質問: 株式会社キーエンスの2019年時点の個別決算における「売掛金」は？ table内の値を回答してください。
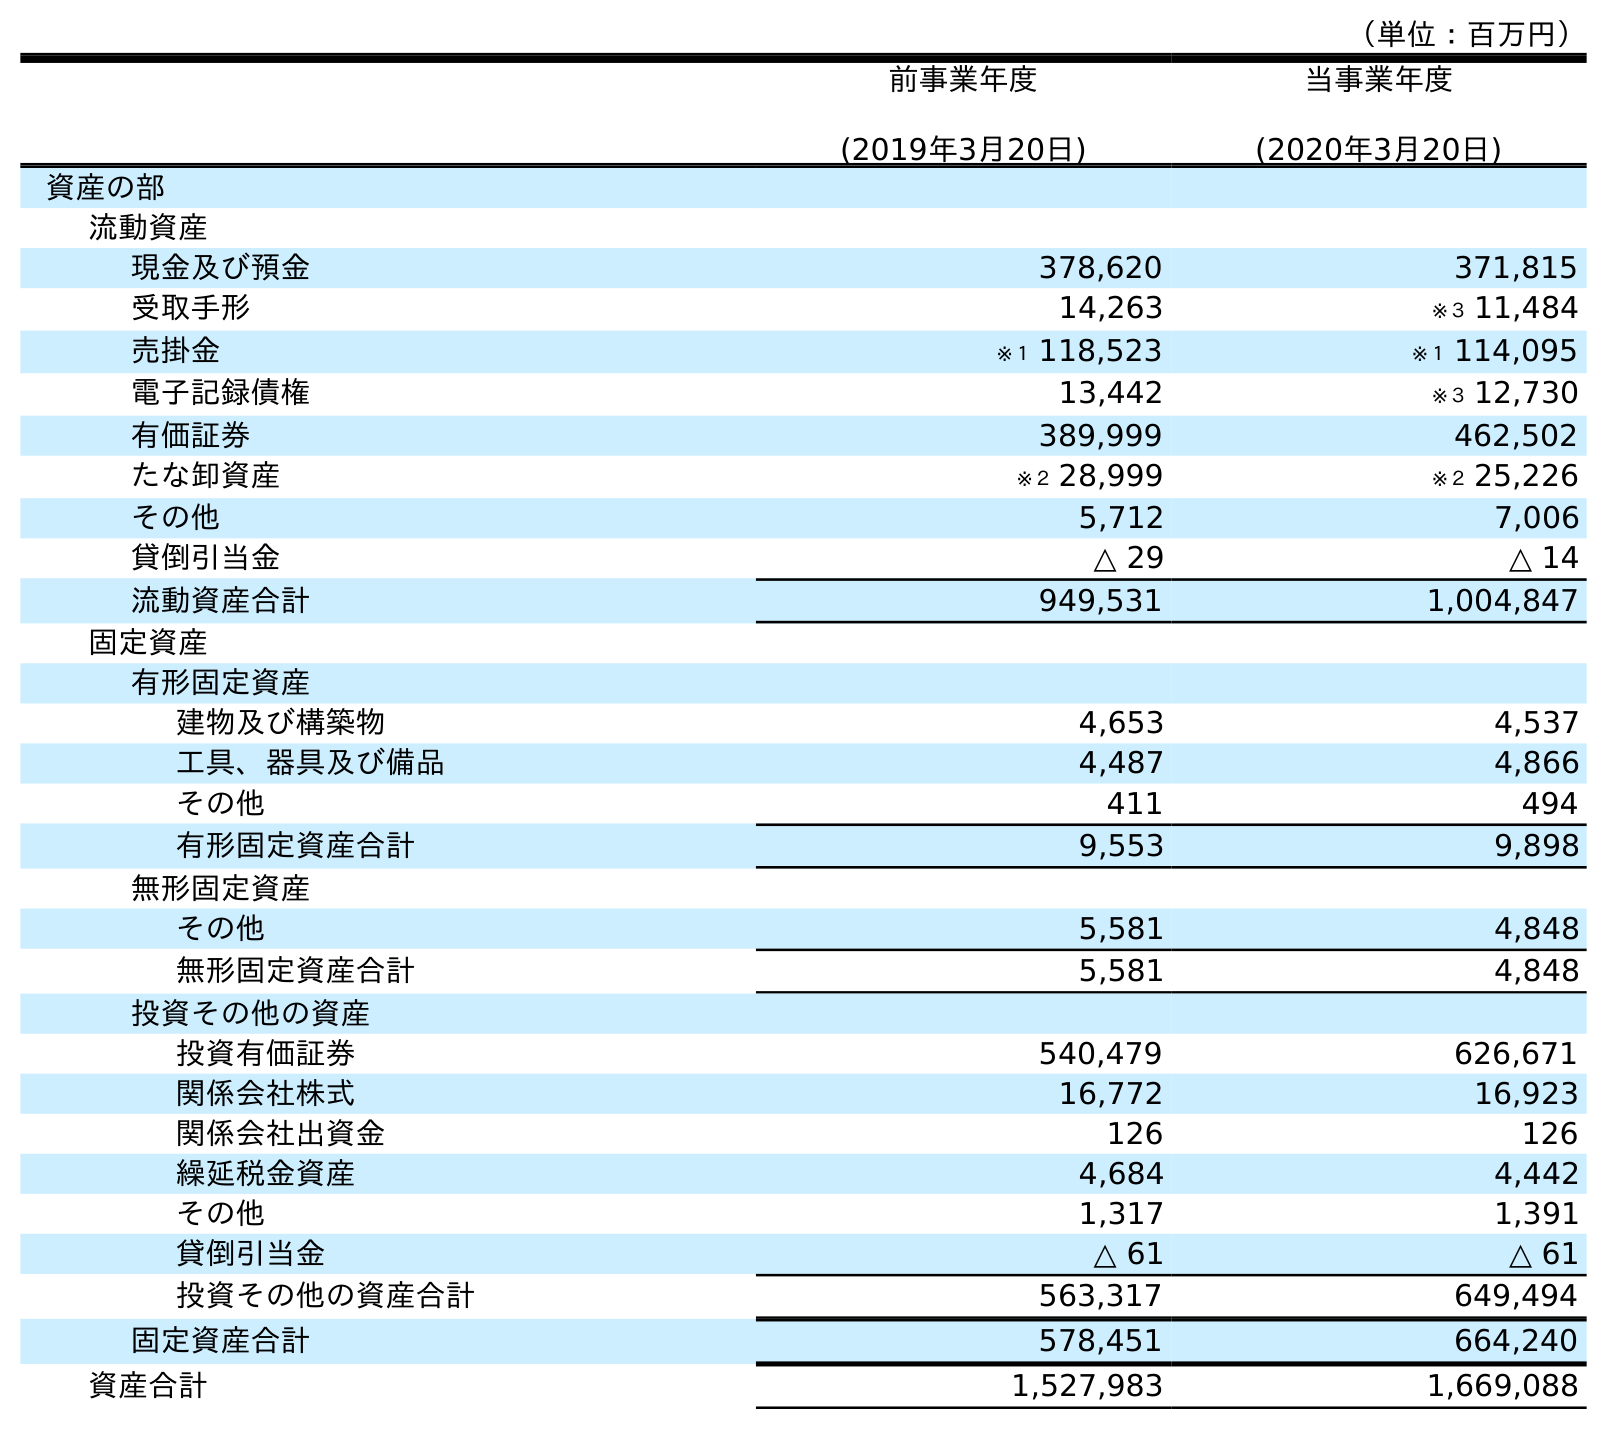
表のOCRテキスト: （単位：百万円） 前事業年度 (2019年3月20日) 当事業年度 (2020年3月20日) 資産の部 流動資産 現金及び預金 378,620 371,815 受取手形 14,263 ※３ 11,484 売掛金 ※１ 118,523 ※１ 114,095 電子記録債権 13,442 ※３ 12,730 有価証券 389,999 462,502 たな卸資産 ※２ 28,999 ※２ 25,226 その他 5,712 7,006 貸倒引当金 △ 29 △ 14 流動資産合計 949,531 1,004,847 固定資産 有形固定資産 建物及び構築物 4,653 4,537 工具、器具及び備品 4,487 4,866 その他 411 494 有形固定資産合計 9,553 9,898 無形固定資産 その他 5,581 4,848 無形固定資産合計 5,581 4,848 投資その他の資産 投資有価証券 540,479 626,671 関係会社株式 16,772 16,923 関係会社出資金 126 126 繰延税金資産 4,684 4,442 その他 1,317 1,391 貸倒引当金 △ 61 △ 61 投資その他の資産合計 563,317 649,494 固定資産合計 578,451 664,240 資産合計 1,527,983 1,669,088
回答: ※１118,523